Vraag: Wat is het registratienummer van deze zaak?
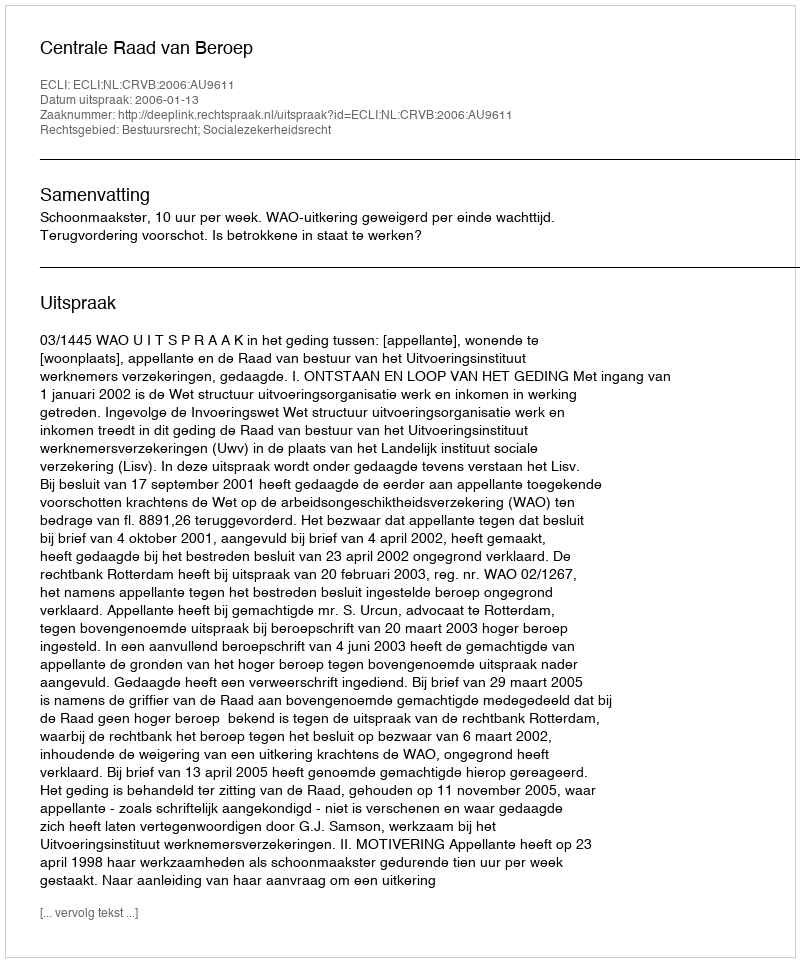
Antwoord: http://deeplink.rechtspraak.nl/uitspraak?id=ECLI:NL:CRVB:2006:AU9611